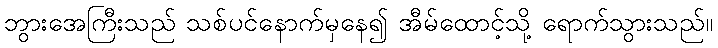
ဘွားအေကြီးသည် သစ်ပင်နောက်မှနေ၍ အီမ်ထောင့်သို့ ရောက်သွားသည်။